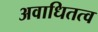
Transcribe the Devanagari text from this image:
अवाधितत्व